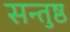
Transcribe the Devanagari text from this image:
सन्तुष्ठ